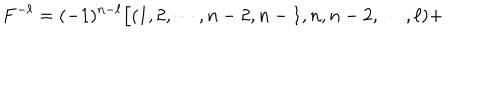
LaTeX: F ^ { - \ell } = ( - 1 ) ^ { n - \ell } \Bigl [ ( 1 , 2 , \cdots , n - 2 , n - 1 , n , n - 2 , \cdots , \ell ) +